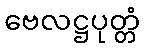
ဗေလဋ္ဌပုတ္တံ